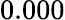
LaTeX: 0.000